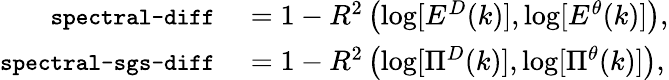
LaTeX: \begin{array}{rl}{\texttt{\small spectral-diff}}&{{}=1-R^{2}\left(\log[E^{D}(k)],\log[E^{\theta}(k)]\right),}\\ {\texttt{\small spectral-sgs-diff}}&{{}=1-R^{2}\left(\log[\Pi^{D}(k)],\log[\Pi^{\theta}(k)]\right),}\end{array}